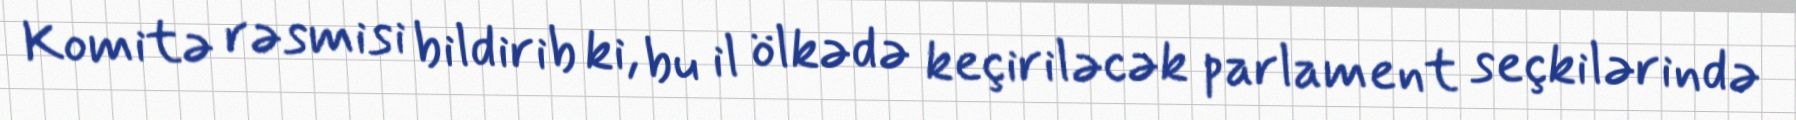
Komitə rəsmisi bildirib ki, bu il ölkədə keçiriləcək parlament seçkilərində